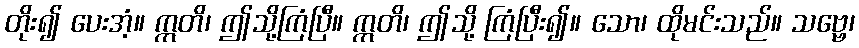
တိုး၍ ပေးအံ့။ ဣတိ၊ ဤသို့ကြံပြီ။ ဣတိ၊ ဤသို့ ကြံပြီး၍။ သော၊ ထိုမင်းသည်။ သဗ္ဗေ၊